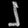
Digit: ၂